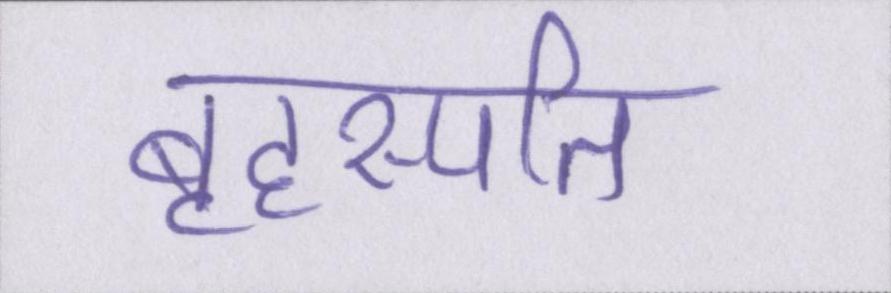
बृहस्पति